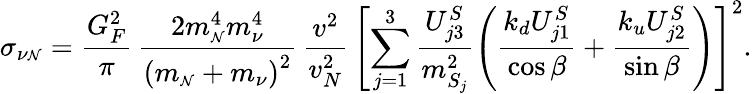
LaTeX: \sigma_{\nu{\scriptscriptstyle\cal N}}=\frac{G_{F}^{2}}{\pi}\, \frac{2m_{\scriptscriptstyle\cal N}^{4}m_{\nu}^{4}}{\left(m_{\scriptscriptstyle\cal N}+m_{\nu}\right)^{2}}\, \frac{v^{2}}{v_{N}^{2}}\, \left[\sum_{j=1}^{3}\frac{U_{j3}^{S}}{m_{S_{j}}^{2}}\left(\frac{k_{d}U_{j1}^{S}}{\cos\beta}+\frac{k_{u}U_{j2}^{S}}{\sin\beta}\right)\right]^{2}.